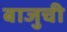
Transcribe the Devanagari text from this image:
बाजुची